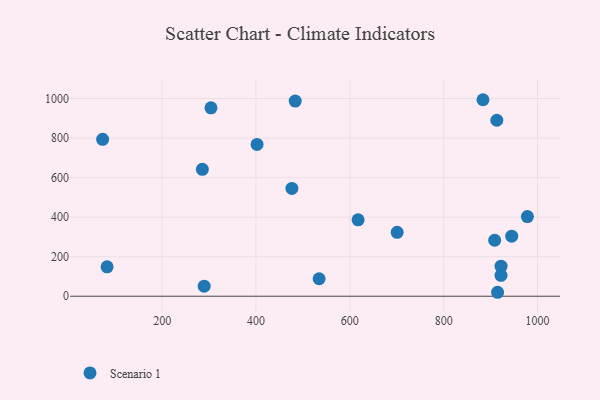
{"axis": {"x": "Engine Size", "y": "Fuel Efficiency"}, "legend": ["Scenario 1"], "data": [{"x": "304.1", "y": 953.3, "type": "Scenario 1"}, {"x": "914.8", "y": 20.0, "type": "Scenario 1"}, {"x": "534.5", "y": 88.5, "type": "Scenario 1"}, {"x": "978.3", "y": 403.1, "type": "Scenario 1"}, {"x": "483.6", "y": 987.2, "type": "Scenario 1"}, {"x": "285.7", "y": 641.8, "type": "Scenario 1"}, {"x": "82.7", "y": 149.0, "type": "Scenario 1"}, {"x": "944.9", "y": 303.7, "type": "Scenario 1"}, {"x": "922.2", "y": 152.0, "type": "Scenario 1"}, {"x": "908.6", "y": 283.1, "type": "Scenario 1"}, {"x": "913.2", "y": 890.3, "type": "Scenario 1"}, {"x": "476.5", "y": 545.5, "type": "Scenario 1"}, {"x": "922.1", "y": 105.6, "type": "Scenario 1"}, {"x": "700.8", "y": 323.3, "type": "Scenario 1"}, {"x": "883.7", "y": 994.1, "type": "Scenario 1"}, {"x": "617.6", "y": 386.6, "type": "Scenario 1"}, {"x": "73.2", "y": 793.9, "type": "Scenario 1"}, {"x": "402.3", "y": 768.2, "type": "Scenario 1"}, {"x": "289.6", "y": 50.7, "type": "Scenario 1"}]}